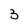
Character: 3